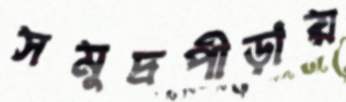
সমুদ্রপীড়ায়